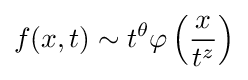
f(x,t)\sim t^{\theta }\varphi \left({\frac {x}{t^{z}}}\right)